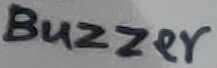
Text: BUZZER